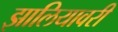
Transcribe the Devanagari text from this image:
झालियावरी